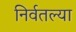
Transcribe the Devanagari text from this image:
निर्वतल्या